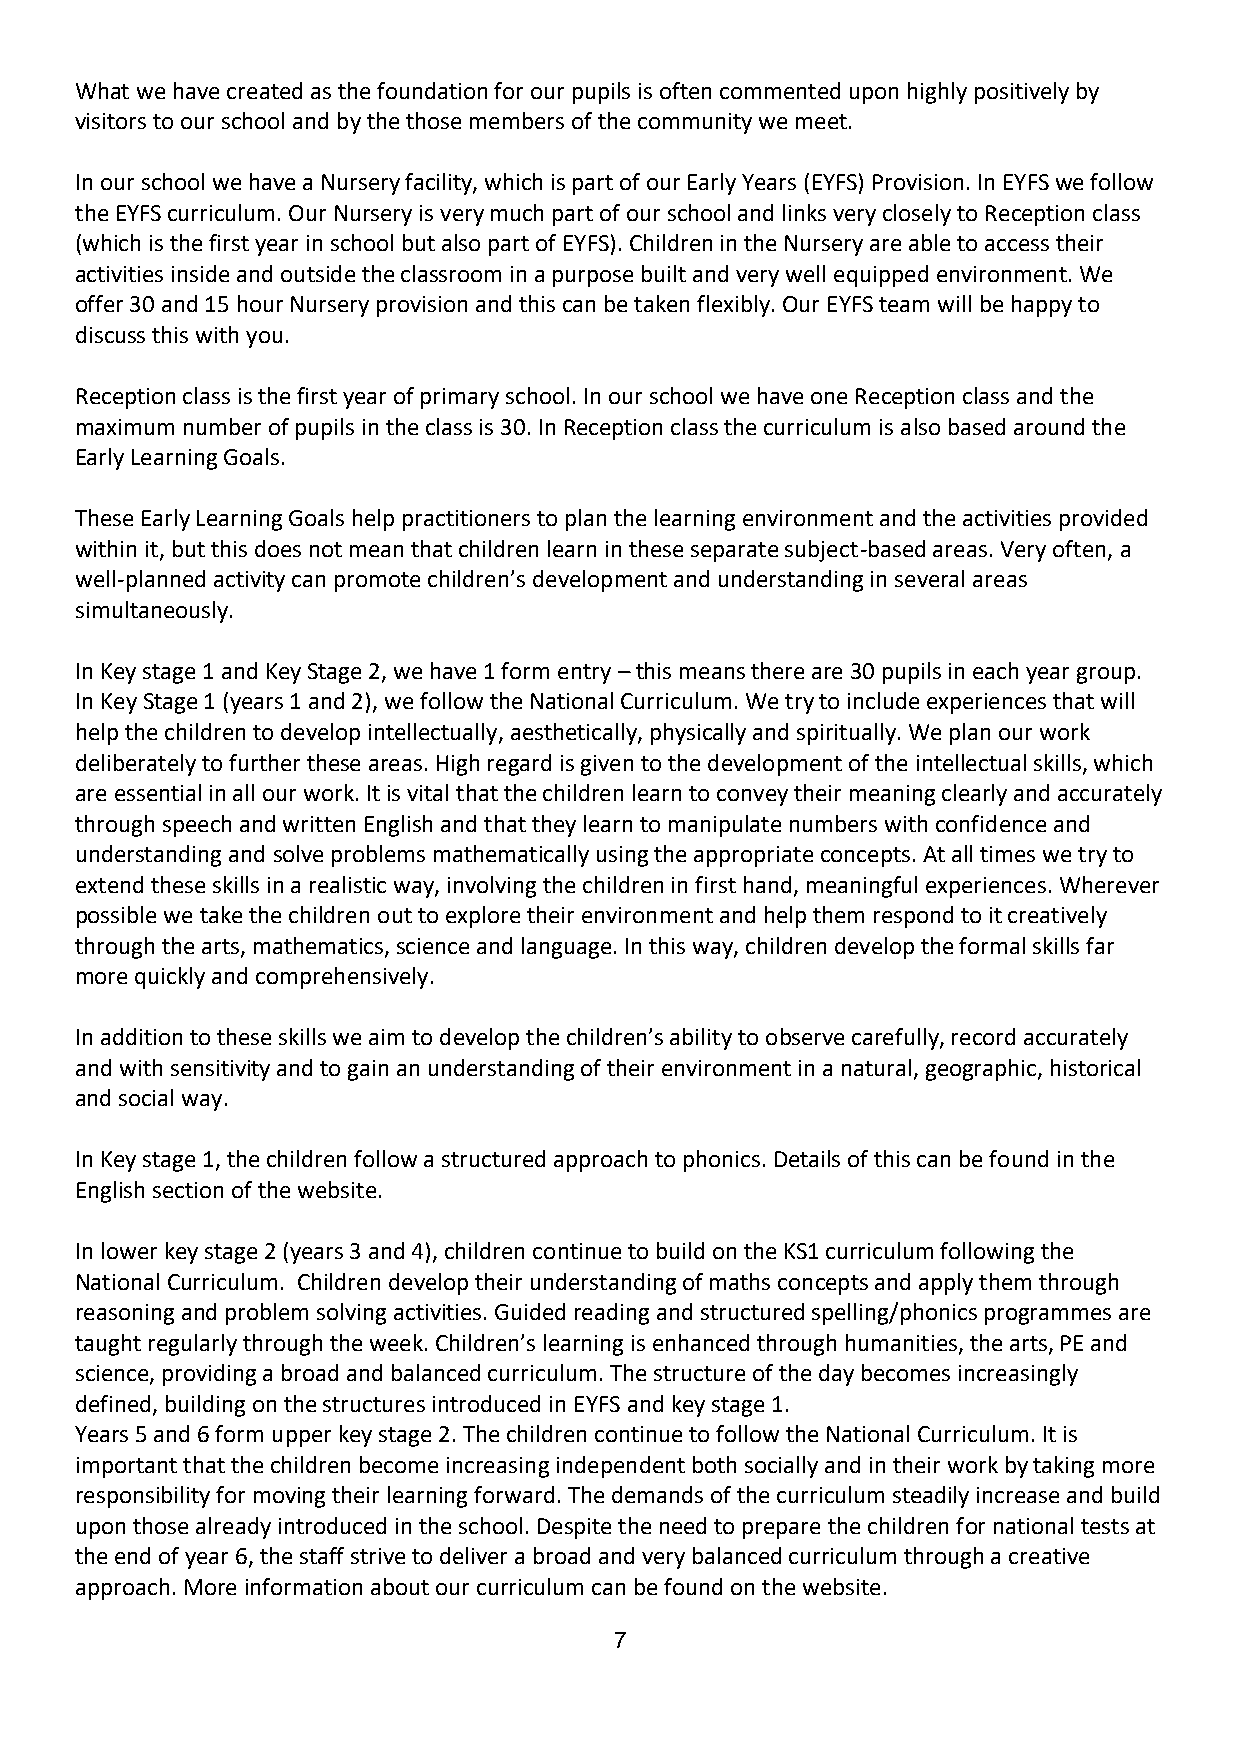
What we have created as the foundation for our pupils is often commented upon highly positively by
 visitors to our school and by the those members of the community we meet.
 In our school we have a Nursery facility, which is part of our Early Years (EYFS) Provision. In EYFS we follow
 the EYFS curriculum. Our Nursery is very much part of our school and links very closely to Reception class
 (which is the first year in school but also part of EYFS). Children in the Nursery are able to access their
 activities inside and outside the classroom in a purpose built and very well equipped environment. We
 offer 30 and 15 hour Nursery provision and this can be taken flexibly. Our EYFS team will be happy to
 discuss this with you.
 Reception class is the first year of primary school. In our school we have one Reception class and the
 maximum number of pupils in the class is 30. In Reception class the curriculum is also based around the
 Early Learning Goals.
 These Early Learning Goals help practitioners to plan the learning environment and the activities provided
 within it, but this does not mean that children learn in these separate subject-based areas. Very often, a
 well-planned activity can promote children’s development and understanding in several areas
 simultaneously.
 In Key stage 1 and Key Stage 2, we have 1 form entry – this means there are 30 pupils in each year group.
 In Key Stage 1 (years 1 and 2), we follow the National Curriculum. We try to include experiences that will
 help the children to develop intellectually, aesthetically, physically and spiritually. We plan our work
 deliberately to further these areas. High regard is given to the development of the intellectual skills, which
 are essential in all our work. It is vital that the children learn to convey their meaning clearly and accurately
 through speech and written English and that they learn to manipulate numbers with confidence and
 understanding and solve problems mathematically using the appropriate concepts. At all times we try to
 extend these skills in a realistic way, involving the children in first hand, meaningful experiences. Wherever
 possible we take the children out to explore their environment and help them respond to it creatively
 through the arts, mathematics, science and language. In this way, children develop the formal skills far
 more quickly and comprehensively.
 In addition to these skills we aim to develop the children’s ability to observe carefully, record accurately
 and with sensitivity and to gain an understanding of their environment in a natural, geographic, historical
 and social way.
 In Key stage 1, the children follow a structured approach to phonics. Details of this can be found in the
 English section of the website.
 In lower key stage 2 (years 3 and 4), children continue to build on the KS1 curriculum following the
 National Curriculum. Children develop their understanding of maths concepts and apply them through
 reasoning and problem solving activities. Guided reading and structured spelling/phonics programmes are
 taught regularly through the week. Children’s learning is enhanced through humanities, the arts, PE and
 science, providing a broad and balanced curriculum. The structure of the day becomes increasingly
 defined, building on the structures introduced in EYFS and key stage 1.
 Years 5 and 6 form upper key stage 2. The children continue to follow the National Curriculum. It is
 important that the children become increasing independent both socially and in their work by taking more
 responsibility for moving their learning forward. The demands of the curriculum steadily increase and build
 upon those already introduced in the school. Despite the need to prepare the children for national tests at
 the end of year 6, the staff strive to deliver a broad and very balanced curriculum through a creative
 approach. More information about our curriculum can be found on the website.
 7